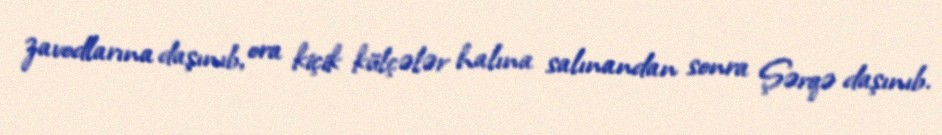
zavodlarına daşınıb, ora kiçik külçələr halına salınandan sonra Şərqə daşınıb.